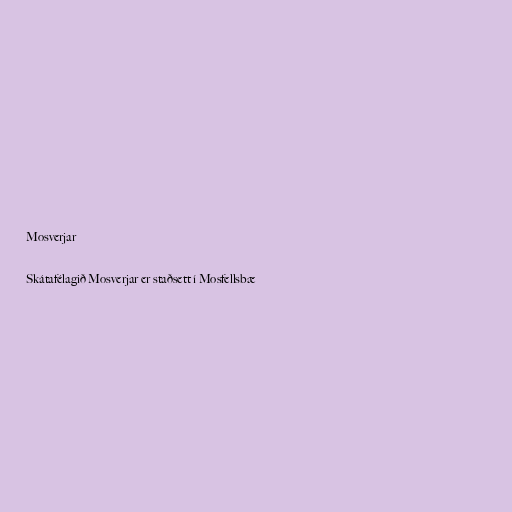
Mosverjar

Skátafélagið Mosverjar er staðsett í Mosfellsbæ